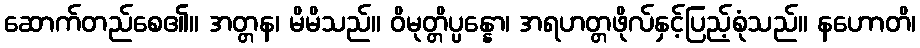
ဆောက်တည်စေ၏။ အတ္တန၊ မိမိသည်။ ဝိမုတ္တိပ္ပန္နော၊ အရဟတ္တဖိုလ်နှင့်ပြည့်စုံသည်။ နဟောတိ၊